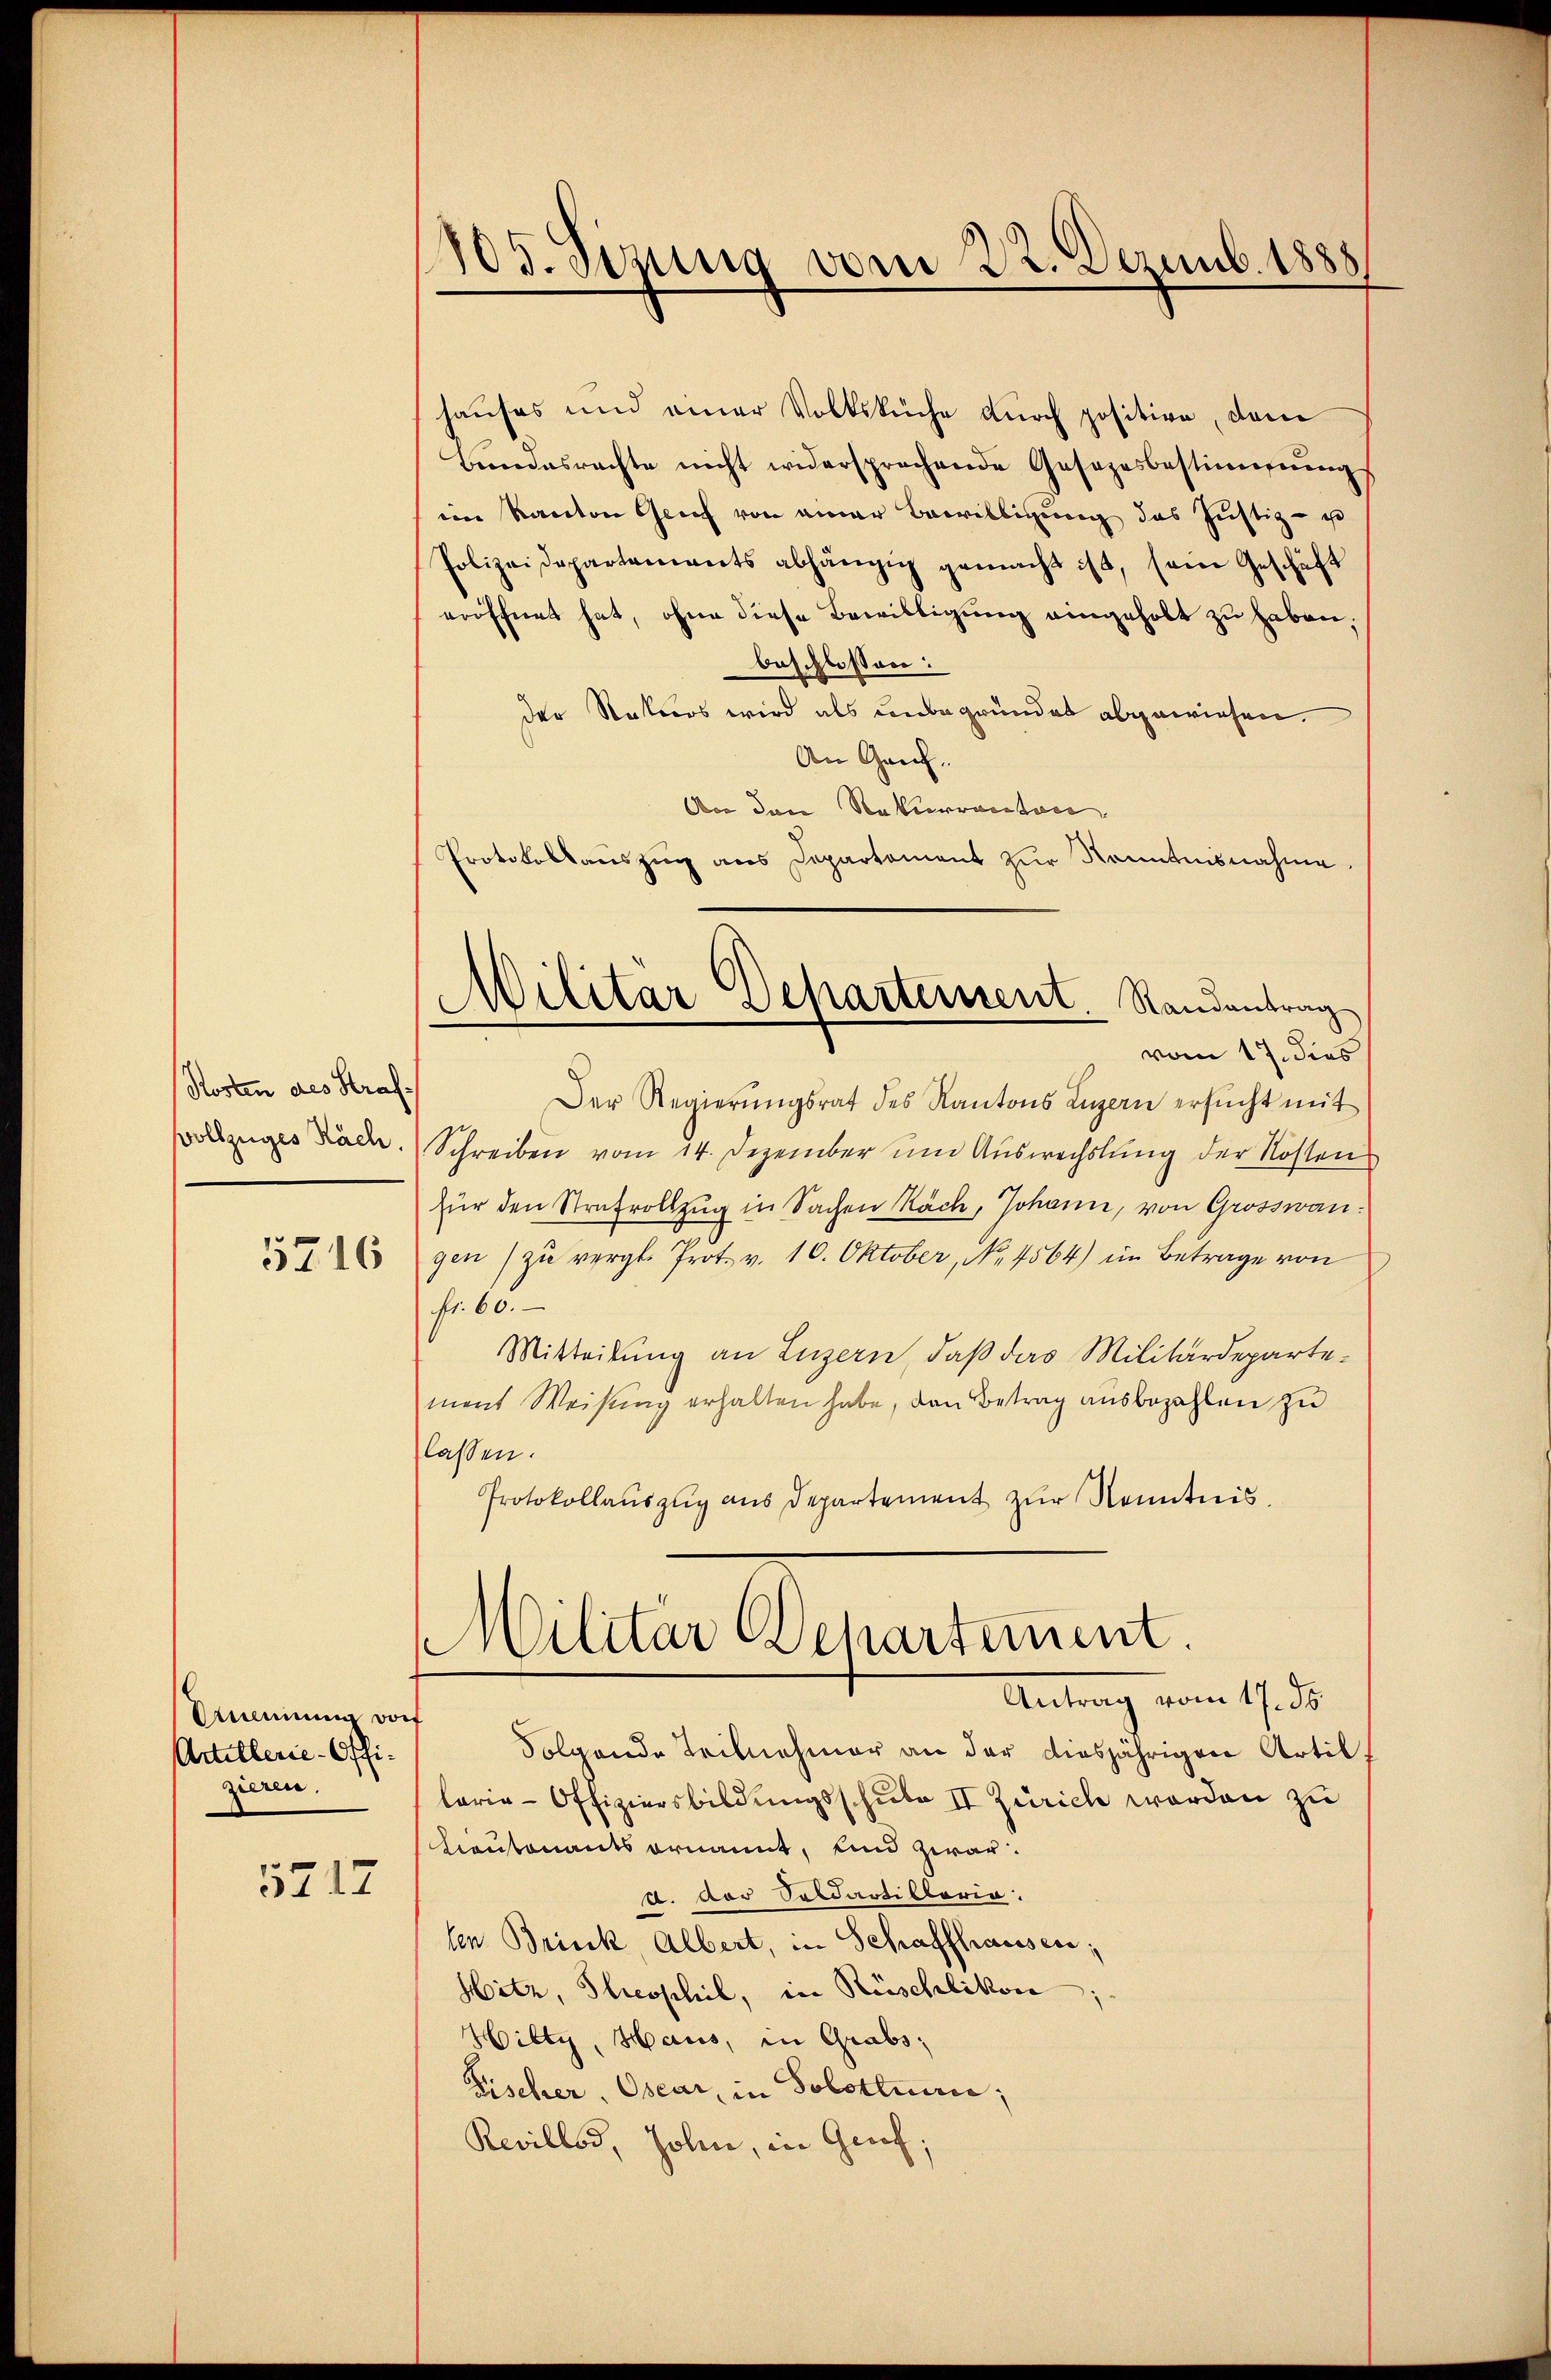
Rosten des Straf-
vollzuges Nach.

5716

Uneinung dorf
Artillerie-Offizieren.
5217

105. Sinung vom 22. Dezemb. 1888.

Militär Departement Randantrag
vom 17. dies

hauses und einer Volksküche dŭrch positive, dem
Bundesrachte nicht widersprechende Gesezesbestimmung
im Kanton Grief von einer Bewilligung des Justiz- u
Polizeidepartements abhängig gemacht ist, sein Geschäft
eröffnet hat, ohne diese Bewilligung eingeholt zu haben,
beschlossen:
der Naturs wird als unbegründet abgewiesen.
An Genf.
Aor den Rekurrector.
Protokollauszug aus Departament zŭr Kenntnisnahme.
Der Regierŭngsrat des Kantons Luzern ersŭcht mit
Schreiben vom 14. Dezember um Auswechslung der Kosten
für den Strafvollzug in Sachen Räch, Johann, von Grosswangen zŭ vergl. Prot. v. 10. Oktober, No. 4564) im Betrage von
Fr. 60.
Mitteilung an Luzern, daß das Militärdepartement Weisung erhalten habe, den Betrag ausbezahlen zu
lassen.
Protokollauszug aus Departement zur Kenntnis.
Militär Departement
Antrag vom 17. ds.
Folgende Teilnehmer an der diesjährigen Artil
lerie-Offiziersbildungsschule II Zürich worden zu
Leutenants ornannt, und zwar:
d. Der Soldartillaria.
len Brinck, Albert, in Schaffhausen;
Hitz, Stresphil, in Rüschlikon
Hilty, Haus, in Grabs,
Fischer, Oscar, in Solothur;
Revillos, John, in Graf,